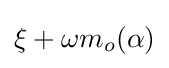
\xi +\omega m_{o}(\alpha )